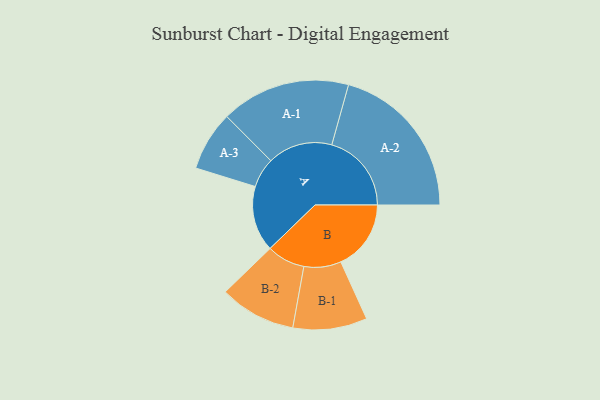
{"axis": {"x": "Segment", "y": "Value"}, "legend": ["", "A", "B"], "data": [{"x": "A", "y": 242, "type": ""}, {"x": "B", "y": 259, "type": ""}, {"x": "A-1", "y": 239, "type": "A"}, {"x": "A-2", "y": 294, "type": "A"}, {"x": "A-3", "y": 110, "type": "A"}, {"x": "B-1", "y": 137, "type": "B"}, {"x": "B-2", "y": 141, "type": "B"}]}